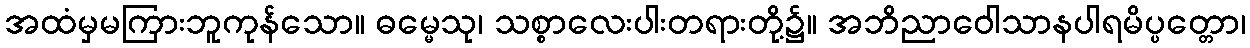
အထံမှမကြားဘူကုန်သော။ ဓမ္မေသု၊ သစ္စာလေးပါးတရားတို့၌။ အဘိညာဝေါသာနပါရမိပ္ပတ္တော၊